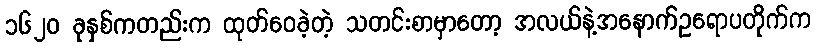
၁၆၂၀ ခုနှစ်ကတည်းက ထုတ်ဝေခဲ့တဲ့ သတင်းစာမှာတော့ အလယ်နဲ့အနောက်ဥရောပတိုက်က